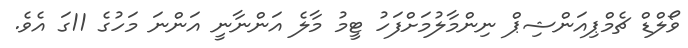
ވޯލްޑް ޗެމްޕިއަންޝިޕް ނިންމާލުމަށްފަހު ޓީމު މާލެ އަންނާނީ އަންނަ މަހުގެ 11ގަ އެވެ.